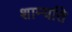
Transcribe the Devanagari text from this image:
शाम्यति